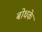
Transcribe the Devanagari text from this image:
बोधके